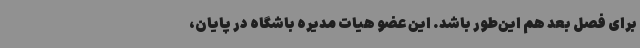
برای فصل بعد هم این‌طور باشد. این عضو هیات مدیره باشگاه در پایان،